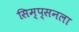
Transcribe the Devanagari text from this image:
सिम्प्सनला